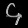
Digit: ၄